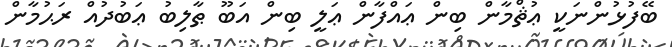
ބޭފުޅުންނަކީ ޢުޘްމާން ބިން ޢައްފާން ޢަލީ ބިން އަބޫ ޠާލިބު ޢަބުދުއް ރަޙުމާން